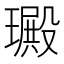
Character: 𤩴